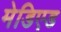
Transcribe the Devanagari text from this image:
मेडिएड